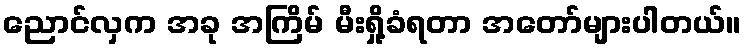
ညောင်လှက အခု အကြိမ် မီးရှို့ခံရတာ အတော်များပါတယ်။